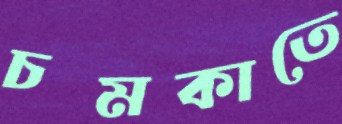
চমকাতে